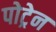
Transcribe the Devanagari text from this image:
पोट्रेन